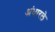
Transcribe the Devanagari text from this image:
अंधारले